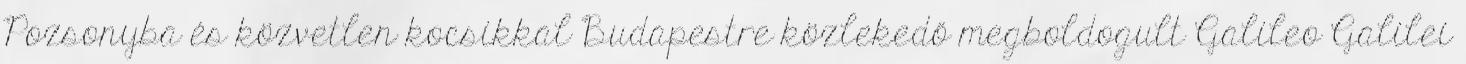
Pozsonyba és közvetlen kocsikkal Budapestre közlekedő megboldogult Galileo Galilei